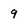
Character: 9